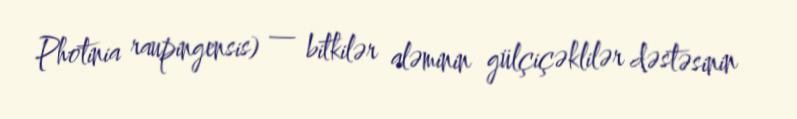
Photinia raupingensis) — bitkilər aləminin gülçiçəklilər dəstəsinin